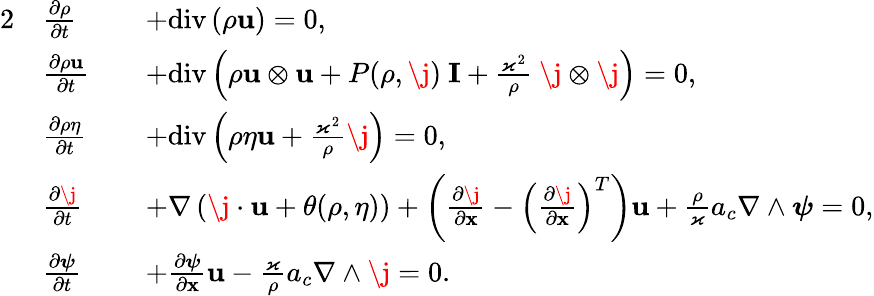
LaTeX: \begin{array}{rlrl}{{2}}&{\frac{\partial\rho}{\partial t}}&&{+\mathrm{div}\left(\rho\mathbf{u}\right)=0,}\\ &{\frac{\partial\rho\mathbf{u}}{\partial t}}&&{+\mathrm{div}\left(\rho\mathbf{u}\otimes\mathbf{u}+P(\rho,\j)\ \mathbf{I}+\frac{\varkappa^{2}}{\rho}\ \j\otimes\j\right)=0,}\\ &{\frac{\partial\rho\eta}{\partial t}}&&{+\mathrm{div}\left(\rho\eta\mathbf{u}+\frac{\varkappa^{2}}{\rho}\j\right)=0,}\\ &{\frac{\partial\j}{\partial t}}&&{+\nabla\left(\j\cdot\mathbf{u}+\theta(\rho,\eta)\right)+\left(\frac{\partial\j}{\partial\mathbf{x}}-\left(\frac{\partial\j}{\partial\mathbf{x}}\right)^{T}\right)\mathbf{u}+\frac{\rho}{\varkappa}a_{c}\nabla\wedge\boldsymbol{\psi}=0,}\\ &{\frac{\partial\boldsymbol{\psi}}{\partial t}}&&{+\frac{\partial\boldsymbol{\psi}}{\partial\mathbf{x}}\mathbf{u}-\frac{\varkappa}{\rho}a_{c}\nabla\wedge\j=0.}\end{array}